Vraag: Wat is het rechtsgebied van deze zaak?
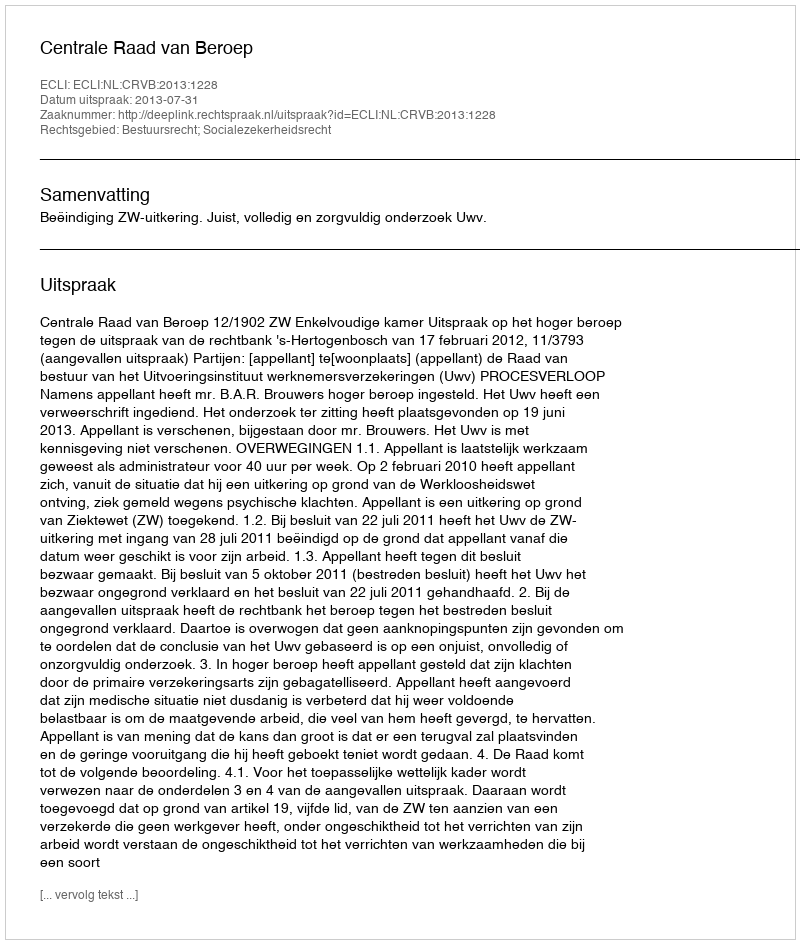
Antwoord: Bestuursrecht; Socialezekerheidsrecht